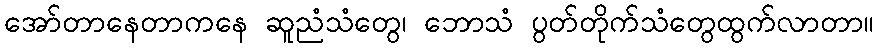
အော်တာနေတာကနေ ဆူညံသံတွေ၊ ဘောသံ ပွတ်တိုက်သံတွေထွက်လာတာ။